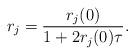
LaTeX: \begin{align*}r_j=\frac{r_j(0)}{1+2r_j(0)\tau}. \end{align*}